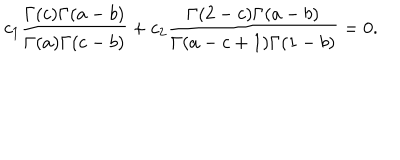
c _ { 1 } \frac { \Gamma ( c ) \Gamma ( a - b ) } { \Gamma ( a ) \Gamma ( c - b ) } + c _ { 2 } \frac { \Gamma ( 2 - c ) \Gamma ( a - b ) } { \Gamma ( a - c + 1 ) \Gamma ( 1 - b ) } = 0 .